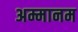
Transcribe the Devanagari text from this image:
अम्मानम